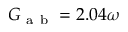
G _ { \mathrm { ~ a ~ b ~ } } = 2 . 0 4 \omega